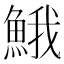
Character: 𩷦